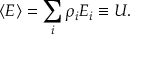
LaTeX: \langle E \rangle = \sum _ { i } \rho _ { i } E _ { i } \equiv U .